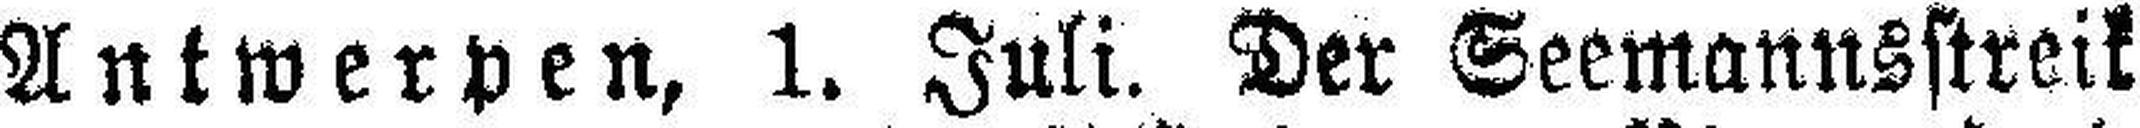
Antwerpen, 1. Juli. Der Seemannsstreik